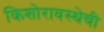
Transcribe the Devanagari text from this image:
किशोरावस्थेची